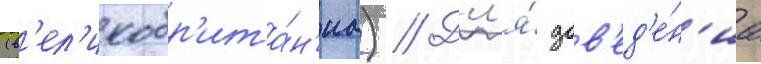
(в'ел'икобр'ита́н'иа) // Дл'я́ дов'ед'е́н'иа